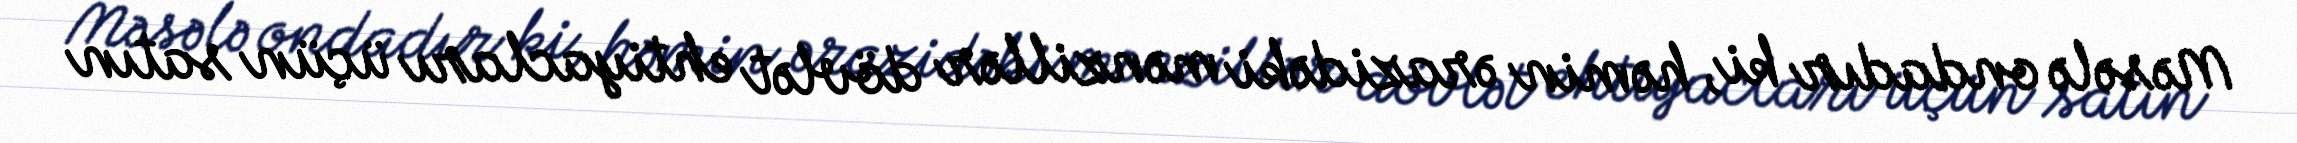
Məsələ ondadır ki, həmin ərazidəki mənzillər dövlət ehtiyacları üçün satın